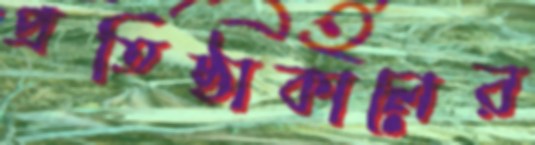
প্রতিষ্ঠাকালের